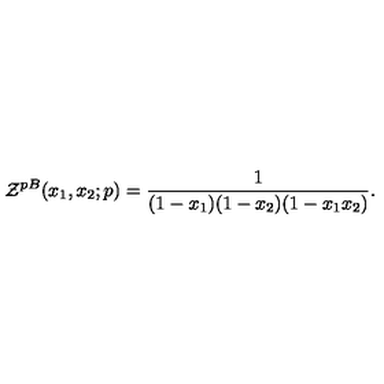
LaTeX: { \cal Z } ^ { p B } ( x _ { 1 } , x _ { 2 } ; p ) = \frac { 1 } { ( 1 - x _ { 1 } ) ( 1 - x _ { 2 } ) ( 1 - x _ { 1 } x _ { 2 } ) } .